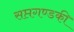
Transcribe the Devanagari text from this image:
सप्तगण्डकी